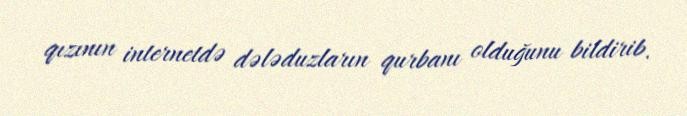
qızının internetdə dələduzların qurbanı olduğunu bildirib.